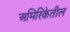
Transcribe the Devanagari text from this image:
अमिरिकेतील